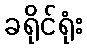
ခရိုင်ရုံး